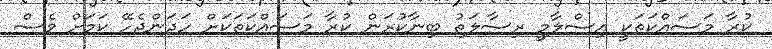
ކުރާ މަސައްކަތަކީ އިސްލާމީ ރިސާލަތު ބިނާކުރަން ކުރާ މަސައްކަތަކަށް ހަދަންޖެހޭ ކަމަށް ވެސް